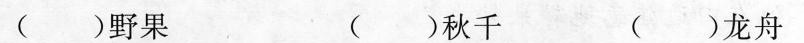
( )野果 ( )秋千 ( )龙舟